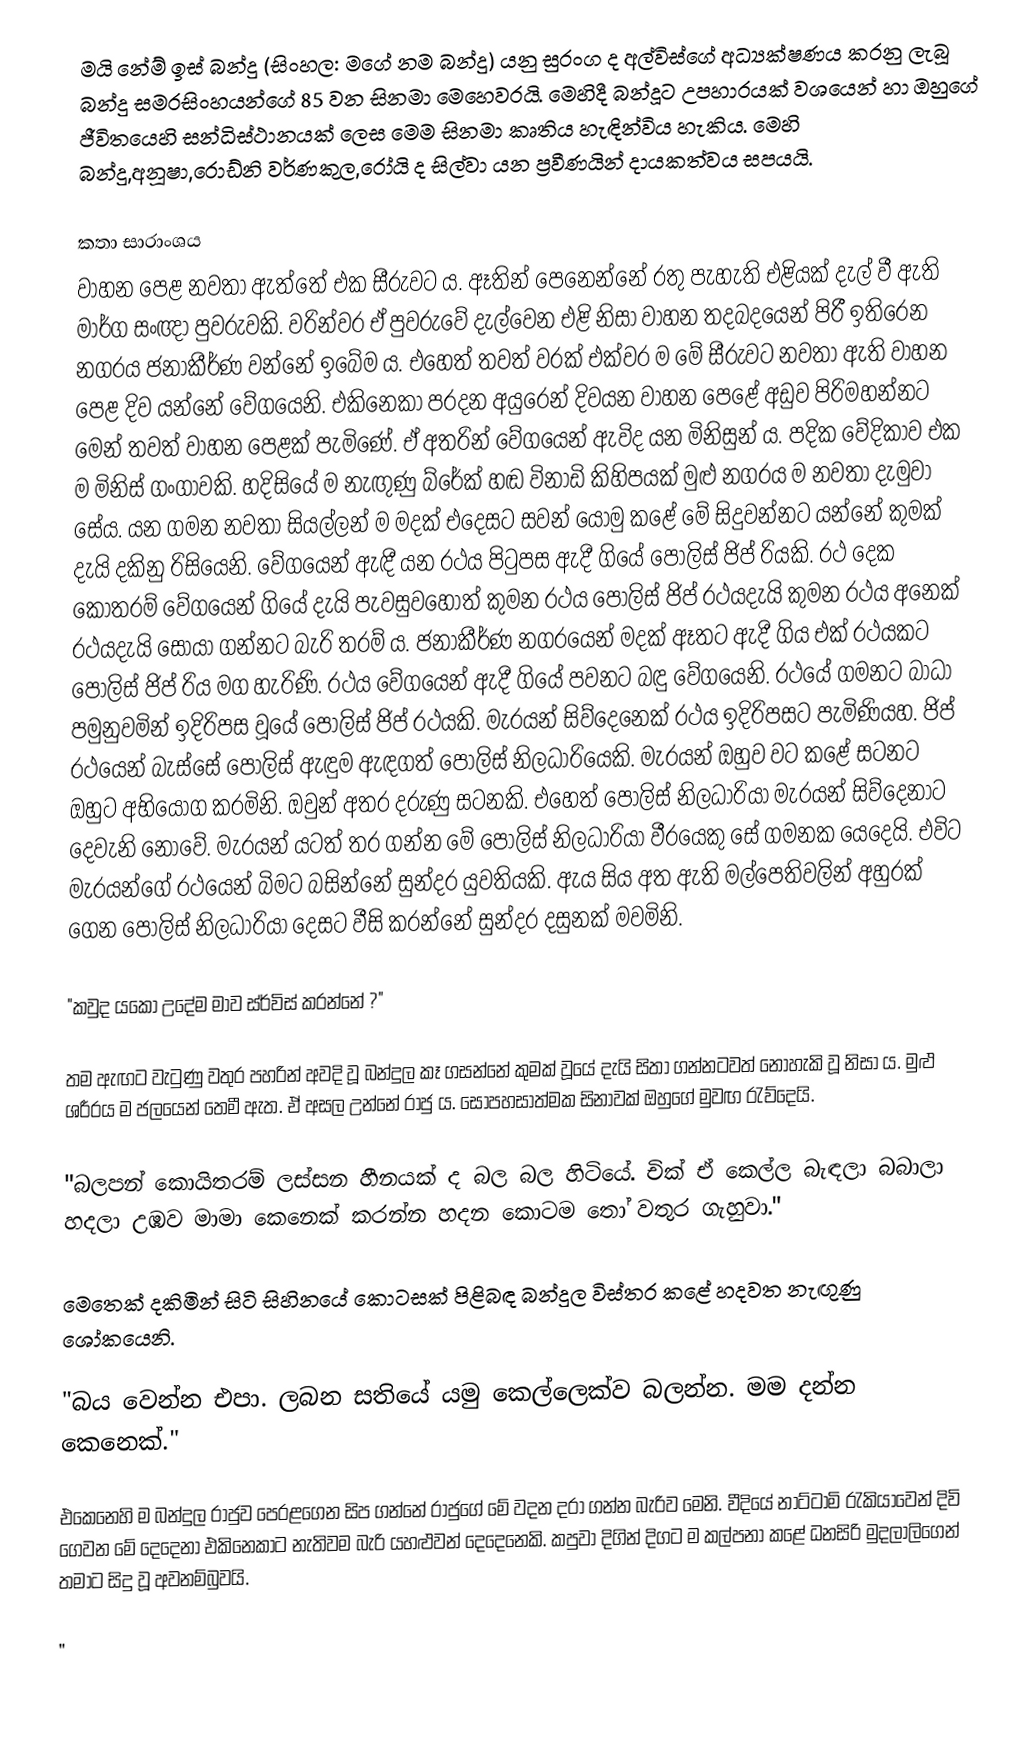
මයි නේම් ඉස් බන්දු (සිංහල: මගේ නම බන්දු) යනු සුරංග ද අල්විස්ගේ අධ්‍යක්ෂණය කරනු ලැබූ බන්දු සමරසිංහයන්ගේ 85 වන සිනමා මෙහෙවරයි. මෙහිදී බන්දූට උපහාරයක් වශයෙන් හා ඔහුගේ ජීවිතයෙහි සන්ධිස්ථානයක් ලෙස මෙම සිනමා කෘතිය හැඳින්විය හැකිය. මෙහි බන්දු,අනූෂා,රොඩ්නි වර්ණකුල,රෝයි ද සිල්වා යන ප්‍රවීණයින් දායකත්වය සපයයි.

කතා සාරාංශය
වාහන පෙළ නවතා ඇත්තේ එක සීරුවට ය. ඈතින් පෙනෙන්නේ රතු පැහැති එළියක් දැල් වී ඇති මාර්ග සංඥා පුවරුවකි. වරින්වර ඒ පුවරුවේ දැල්වෙන එළි නිසා වාහන තදබදයෙන් පිරී ඉතිරෙන නගරය ජනාකීර්ණ වන්නේ ඉබේම ය. එහෙත් තවත් වරක් එක්වර ම මේ සීරුවට නවතා ඇති වාහන පෙළ දිව යන්නේ වේගයෙනි. එකිනෙකා පරදන අයුරෙන් දිවයන වාහන පෙළේ අඩුව පිරිමහන්නට මෙන් තවත් වාහන පෙළක් පැමිණේ. ඒ අතරින් වේගයෙන් ඇවිද යන මිනිසුන් ය. පදික වේදිකාව එක ම මිනිස් ගංගාවකි. හදිසියේ ම නැඟුණු බ්රේක් හඬ විනාඩි කිහිපයක් මුළු නගරය ම නවතා දැමුවා සේය. යන ගමන නවතා සියල්ලන් ම මදක් එදෙසට සවන් යොමු කළේ මේ සිදුවන්නට යන්නේ කුමක් දැයි දකිනු රිසියෙනි. වේගයෙන් ඇඳී යන රථය පිටුපස ඇදී ගියේ පොලිස් ජිප් රියකි. රථ දෙක කොතරම් වේගයෙන් ගියේ දැයි පැවසුවහොත් කුමන රථය පොලිස් ජිප් රථයදැයි කුමන රථය අනෙක් රථයදැයි සොයා ගන්නට බැරි තරම් ය. ජනාකීර්ණ නගරයෙන් මදක් ඈතට ඇදී ගිය එක් රථයකට පොලිස් ජිප් රිය මග හැරිණි. රථය වේගයෙන් ඇදී ගියේ පවනට බඳු වේගයෙනි. රථයේ ගමනට බාධා පමුනුවමින් ඉදිරිපස වූයේ පොලිස් ජිප් රථයකි. මැරයන් සිව්දෙනෙක් රථය ඉදිරිපසට පැමිණියහ. ජිප් රථයෙන් බැස්සේ පොලිස් ඇඳුම ඇඳගත් පොලිස් නිලධාරියෙකි. මැරයන් ඔහුව වට කළේ සටනට ඔහුට අභියෝග කරමිනි. ඔවුන් අතර දරුණු සටනකි. එහෙත් පොලිස් නිලධාරියා මැරයන් සිව්දෙනාට දෙවැනි නොවේ. මැරයන් යටත් තර ගන්න මේ පොලිස් නිලධාරියා වීරයෙකු සේ ගමනක යෙදෙයි. එවිට මැරයන්ගේ රථයෙන් බිමට බසින්නේ සුන්දර යුවතියකි. ඇය සිය අත ඇති මල්පෙතිවලින් අහුරක් ගෙන පොලිස් නිලධාරියා දෙසට වීසි කරන්නේ සුන්දර දසුනක් මවමිනි.

"කවුද  යකෝ උදේම මාව ස්ර්විස් කරන්නේ ?"

තම ඇඟට වැටුණු වතුර පහරින් අවදි වූ බන්දුල කෑ ගසන්නේ කුමක් වූයේ දැයි සිතා ගන්නටවත් නොහැකි වූ නිසා ය. මුළු ශරීරය ම ජලයෙන් තෙමී ඇත. ඒ අසල උන්නේ රාජු ය. සෝපහසාත්මක සිනාවක් ඔහුගේ මුවඟ රැව්දෙයි.

"බලපන් කොයිතරම් ලස්සන හීනයක් ද බල බල හිටියේ. චික් ඒ කෙල්ල බැඳලා බබාලා හදලා උඹව මාමා කෙනෙක් කරන්න හදන කොටම තෝ වතුර ගැහුවා."

මෙතෙක් දකිමින් සිටි සිහිනයේ කොටසක් පිළිබඳ බන්දුල විස්තර කළේ හදවත නැඟුණු ශෝකයෙනි.

"බය වෙන්න එපා. ලබන සතියේ යමු කෙල්ලෙක්ව බලන්න. මම දන්න කෙනෙක්."

එකෙනෙහි ම බන්දුල රාජුව පෙරළගෙන සිප ගන්නේ රාජුගේ මේ වදන දරා ගන්න බැරිව මෙනි. වීදියේ නාට්ටාමි රැකියාවෙන් දිවි ගෙවන මේ දෙදෙනා එකිනෙකාට නැතිවම බැරි යහළුවන් දෙදෙනෙකි. කපුවා දිගින් දිගට ම කල්පනා කළේ ධනසිරි මුදලාලිගෙන් තමාට සිදු වූ අවනම්බුවයි.

"